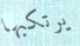
يرتكبها